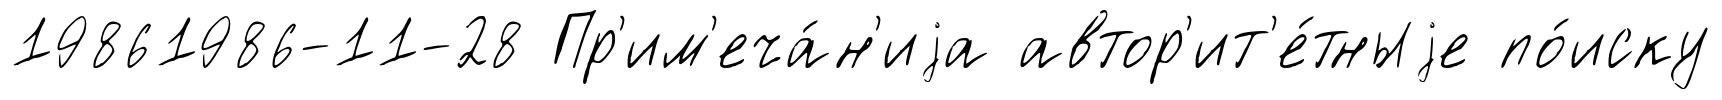
19861986-11-28 Пр'им'еча́н'иjа автор'ит'е́тныjе по́иску